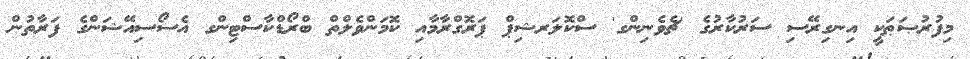
މިފުރުޞަޠަކީ އިނގިރޭސި ސަރުކާރުގެ 'ޗެވެނިންގ' ސްކޮލަރޝިޕް ޕަރޮގްރާމާއި ކޮމަންވެލްތް ބްރޯޑްކާސްޓިންގ އެސޯސިއޭޝަންގެ ފަރާތުން